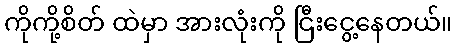
ကိုကို့စိတ် ထဲမှာ အားလုံးကို ငြီးငွေ့နေတယ်။